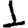
Digit: 1